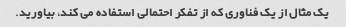
یک مثال از یک فناوری که از تفکر احتمالی استفاده می کند، بیاورید.